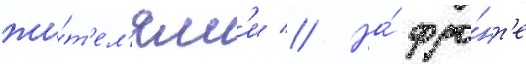
жи́т'ел'ям'и // На́ фро́нт'е